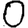
Digit: 0